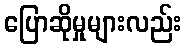
ပြောဆိုမှုများလည်း